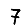
Digit: 7